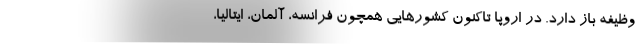
وظیفه باز دارد. در اروپا تاکنون کشورهایی همچون فرانسه، آلمان، ایتالیا،